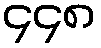
၄၄၈